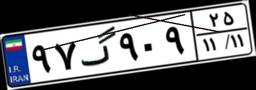
۹۷گ۹۰۹۲۵